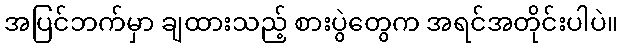
အပြင်ဘက်မှာ ချထားသည့် စားပွဲတွေက အရင်အတိုင်းပါပဲ။